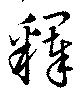
釈